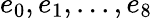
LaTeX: {e_{0},e_{1},...,e_{8}}